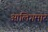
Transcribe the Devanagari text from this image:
आलिगमार